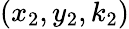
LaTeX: (x_{2},y_{2},k_{2})